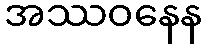
အဿဝနေန